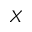
X